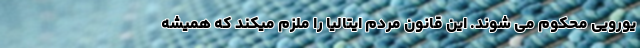
یورویی محکوم می شوند. این قانون مردم ایتالیا را ملزم میکند که همیشه